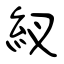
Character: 紁